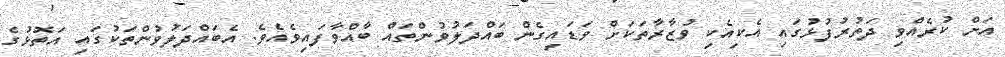
އަށް ކުރެއްވި ދަތުރުފުޅުގައި އެކިއެކި ވުޒާރާތަކަށް ވަޑައިގެން ބައްދަލުވުންތައް ބާއްވާފައިވެއެވެ. އެބައްދަލުވުންތަކުގައި އަތޮޅުގެ